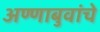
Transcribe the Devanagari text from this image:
अण्णाबुवांचे